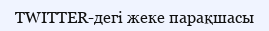
TWITTER-дегі жеке парақшасы